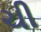
ચી